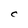
Character: C